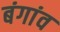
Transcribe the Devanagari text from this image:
बंगांव